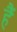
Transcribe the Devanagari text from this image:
हैं